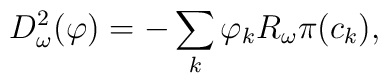
D_{\omega}^2 (\varphi)=-\sum_k \varphi_k R_{\omega}\pi (c_k),